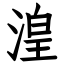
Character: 湟